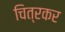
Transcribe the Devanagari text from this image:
चित्रकर